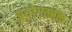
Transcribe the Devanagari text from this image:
प्रयोगत्मक